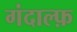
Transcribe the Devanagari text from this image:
गंदाल्फ़